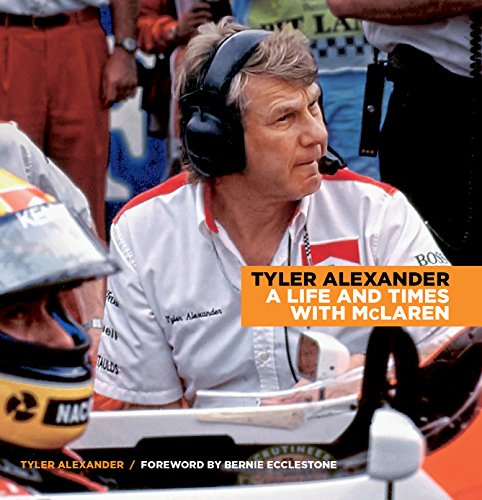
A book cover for Tyler Alexander: A Life and Times with McLaren; Tyler Alexander; Sports & Outdoors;